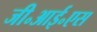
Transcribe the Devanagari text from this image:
जी॰आई॰एस